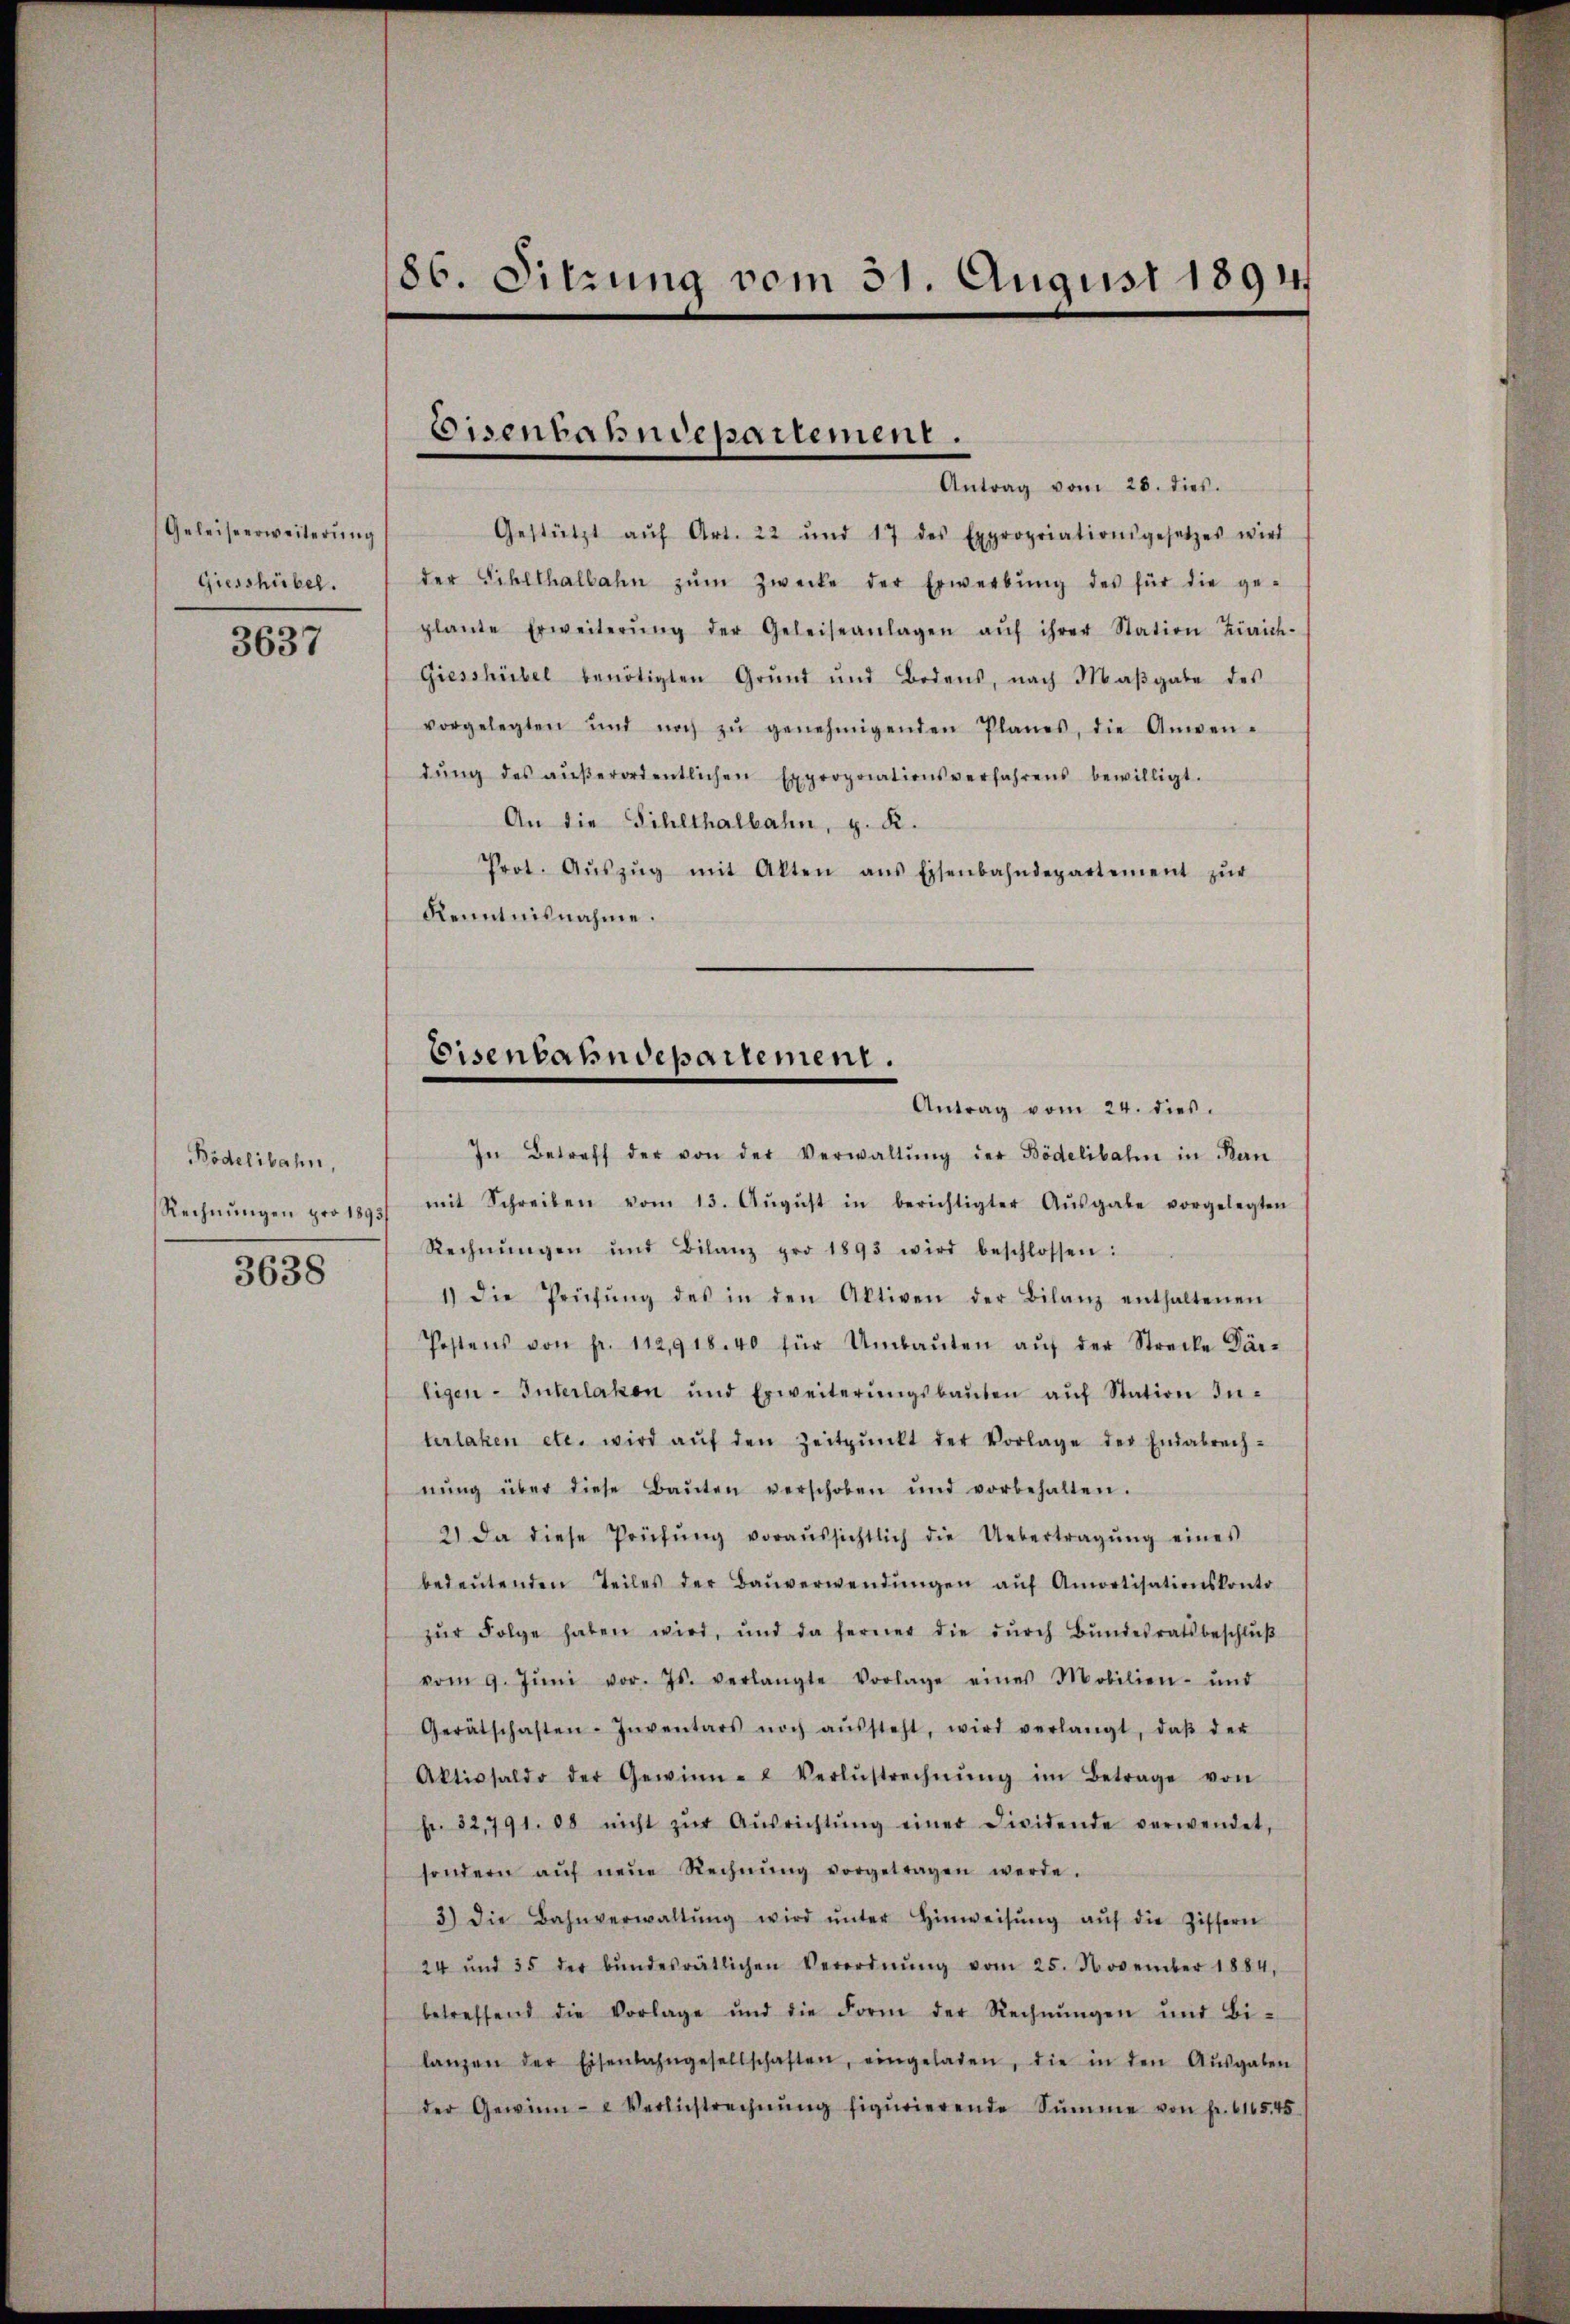
Geleiseerweiterung
Giesshübel.

3637

Bödelibahn,
Rechnungen pro 1893/
3638

86. Sitzung vom 31. August 1894.

Gestützt aŭf Art. 22 und 17 des Expropriationsgesetzes wird
der Sihlthalbahn zŭm Zwecke der Erwerbŭng des für die ge-
plante Erweiterŭng der Geleiseanlagen aŭf ihrer Station Zürich-
Giesshübel benötigten Grŭnd und Bodens, nach Maβgabe des
vorgelegten und noch zŭ genehmigenden Planes, die Anwen-
dŭng des aŭβerordentlichen Expropriationsverfahrens bewilligt.
An die Sihlthalbahn, z. R.
Prot. Aŭszŭg mit Alten ans Eisenbahndepartement zŭr
Kenntnisnahme.

In Betreff der von der Verwaltŭng der Bödelibahn in Bern
mit Schreiben vom 13. Aŭgŭst in berichtigter Aŭsgabe vorgelegten
Rechnŭngen und Bilanz pro 1893 wird beschlossen:
1) die Prüfŭng des in den Aktiven der Bilanz enthaltenen
Postens von fr. 112,918. 40 für Umbaŭten aŭf der Strecke Där-
ligen-Interlaken und Erweiterŭngsbaŭten aŭf Station In-
terlaken etc. wird aŭf den Zeitpŭnkt der Vorlage der Endabrech-
nŭng über diese Baŭten verschoben und vorbehalten.
2) Da diese Prüfŭng voraŭssichtlich die Uebertragŭng eines
bedeŭtenden Teiles der Baŭverwendŭngen aŭf Amortisationskonto
zŭr Folge haben wird, und da ferner die dŭrch Bŭndesratsbeschlŭβ
vom 9. Jŭni vor. Js. verlangte Vorlage eines Mobilien- und
Gerätschaften-Inventars noch aŭssteht, wird verlangt, daβ der
Aktivsaldo der Gewinn- Verlustrechnŭng im Betrage von
fr. 32,791. 88 nicht zŭr Aŭsrichtŭng einer Dividende verwendet,
sondern aŭf neue Rechnŭng vorgetragen werde.
3) die Bahnverwaltŭng wird ŭnter Hinweisŭng aŭf die Ziffern
24 und 35 der bŭndesrätlichen Verordnŭng vom 25. November 1884,
betreffend die Vorlage und die Form der Rechnŭngen und Bi-
langen der Eisenbahngesellschaften, eingeladen, die in den Aŭsgaben
der Gewinn- u Verliestrechnŭng figurierende Summe von fr. 614545

Eisenbahndepartement.
Antrag vom 28. dies.

Eisenbahndepartement.
Antrag vom 24. dies.